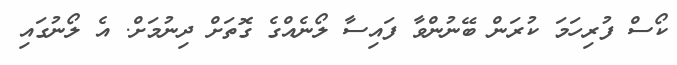
ކޯސް ފުރިހަމަ ކުރަން ބޭނުންވާ ފައިސާ ލޯނެއްގެ ގޮތަށް ދިނުމަށް. އެ ލޯނުގައި